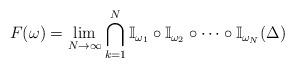
LaTeX: \begin{align*}F(\omega)=\lim_{N\to\infty}\bigcap_{k=1}^{N}\mathbb I_{\omega_{1}}\circ\mathbb I_{\omega_{2}}\circ\dots\circ\mathbb I_{\omega_{N}}(\Delta)\end{align*}